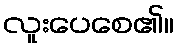
လူးပေစေ၏။